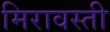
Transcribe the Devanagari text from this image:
मिरावस्ती